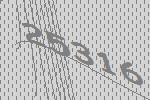
25316